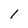
Character: 1